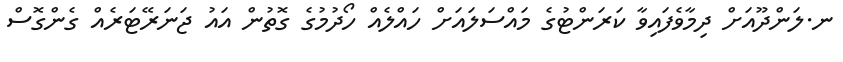
ނ.ލަންދޫއަށް ދިމާވެފައިވާ ކަރަންޓުގެ މައްސަލައަށް ހައްލެއް ހޯދުމުގެ ގޮތުން އައު ޖަނަރޭޓަރެއް ގެންގޮސް